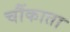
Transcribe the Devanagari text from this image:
चौंकाता